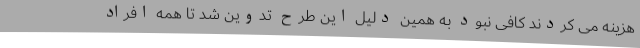
هزینه می کردند کافی نبود به همین دلیل این طرح تدوین شد تا همه افراد